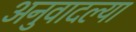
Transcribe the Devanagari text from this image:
अनुवादल्या